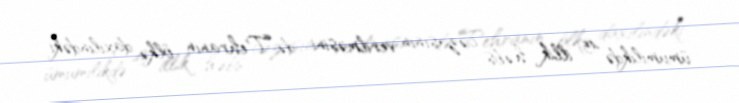
ümumilikdə 45 illik həbs cəzasının verilməsini də Tehranın ölkə daxilindəki